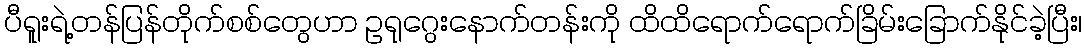
ပီရူးရဲ့တန်ပြန်တိုက်စစ်တွေဟာ ဥရုဂွေးနောက်တန်းကို ထိထိရောက်ရောက်ခြိမ်းခြောက်နိုင်ခဲ့ပြီး၊